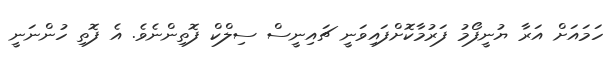
ހަމައަށް އަރާ ޔުނީފޯމު ފަރުމާކޮށްފައިވަނީ ޗައިނީސް ސިލްކް ފޮތިންނެވެ. އެ ފޮތި ހުންނަނީ